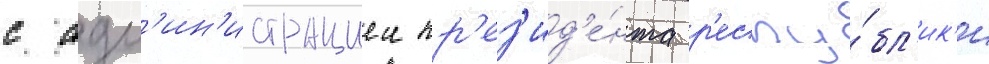
с адм'ин'истрациеи пр'ез'ид'е́нта р'еспу́бл'ик'и